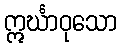
ဣင်္ဃာဝုသော